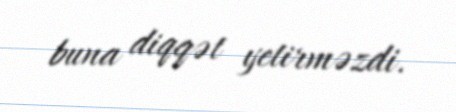
buna diqqət yetirməzdi.